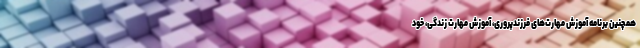
همچنین برنامه آموزش‌ مهارت‌های فرزندپروری، آموزش مهارت زندگی، خود